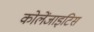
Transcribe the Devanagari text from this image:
कोलेंजाइटिस